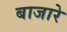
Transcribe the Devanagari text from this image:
बाजारे